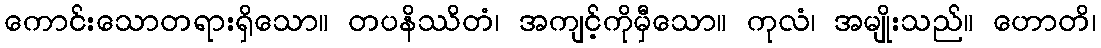
ကောင်းသောတရားရှိသော။ တပနိဿိတံ၊ အကျင့်ကိုမှီသော။ ကုလံ၊ အမျိုးသည်။ ဟောတိ၊